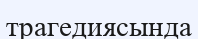
трагедиясында